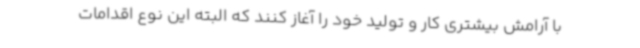
با آرامش بیشتری کار و تولید خود را آغاز کنند که البته این نوع اقدامات